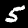
Label: 5